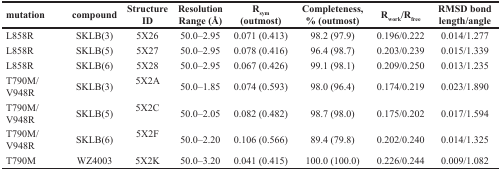
<table><thead><tr><td><b>mutation</b></td><td><b>compound</b></td><td><b>StructureID</b></td><td><b>ResolutionRange (Å)</b></td><td><b>R<sub>sym</sub>(outmost)</b></td><td><b>Completeness,% (outmost)</b></td><td><b>R<sub>work</sub>/R<sub>free</sub></b></td><td><b>RMSD bondlength/angle</b></td></tr></thead><tbody><tr><td>L858R</td><td>SKLB(3)</td><td>5X26</td><td>50.0–2.95</td><td>0.071 (0.413)</td><td>98.2 (97.9)</td><td>0.196/0.222</td><td>0.014/1.277</td></tr><tr><td>L858R</td><td>SKLB(5)</td><td>5X27</td><td>50.0–2.95</td><td>0.078 (0.416)</td><td>96.4 (98.7)</td><td>0.203/0.239</td><td>0.015/1.339</td></tr><tr><td>L858R</td><td>SKLB(6)</td><td>5X28</td><td>50.0–2.95</td><td>0.067 (0.426)</td><td>99.1 (98.1)</td><td>0.209/0.250</td><td>0.013/1.235</td></tr><tr><td>T790M/V948R</td><td>SKLB(3)</td><td>5X2A</td><td>50.0–1.85</td><td>0.074 (0.593)</td><td>98.0 (96.4)</td><td>0.174/0.219</td><td>0.023/1.890</td></tr><tr><td>T790M/V948R</td><td>SKLB(5)</td><td>5X2C</td><td>50.0–2.05</td><td>0.082 (0.482)</td><td>98.7 (98.0)</td><td>0.175/0.202</td><td>0.017/1.594</td></tr><tr><td>T790M/V948R</td><td>SKLB(6)</td><td>5X2F</td><td>50.0–2.20</td><td>0.106 (0.566)</td><td>89.4 (79.8)</td><td>0.202/0.240</td><td>0.014/1.325</td></tr><tr><td>T790M</td><td>WZ4003</td><td>5X2K</td><td>50.0–3.20</td><td>0.041 (0.415)</td><td>100.0 (100.0)</td><td>0.226/0.244</td><td>0.009/1.082</td></tr></tbody></table>